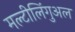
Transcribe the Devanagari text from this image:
मल्टीलिंगुअल